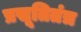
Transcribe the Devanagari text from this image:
प्रसूतितंत्र